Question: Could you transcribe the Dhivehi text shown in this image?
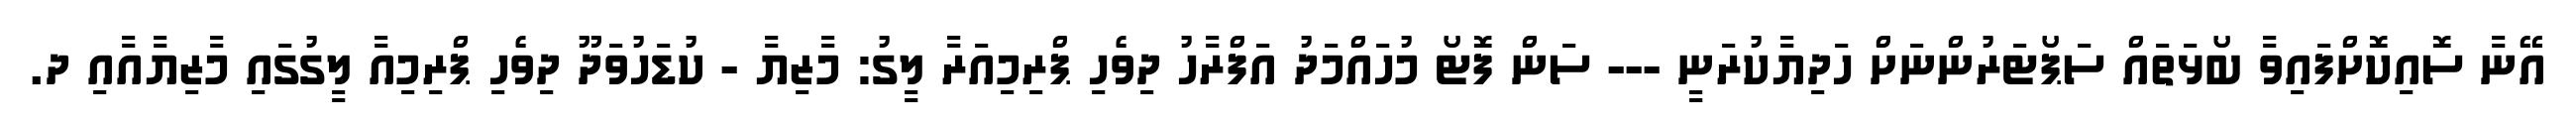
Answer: އޭނާ ސޮއިކޮށްފައިވާ ބޯޅަތައް ސަޕޯޓަރުންނަށް ހަދިޔާކުރަނީ --- ސަން ފޮޓޯ މުހައްމަދު އަފްރާހު ދިވެހި ޕްރިމިއަރާ ލީގު: މާޒިޔާ - ކުޑަހުވަދޫ ދިވެހި ޕްރިމިއާ ލީގުގައި މާޒިޔާއާއި ދ.